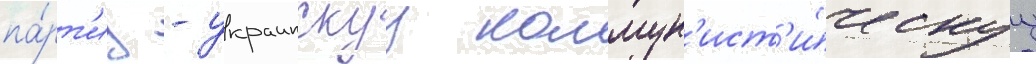
па́рт'иу - украинскуу коммун'ист'и́ческуу